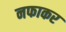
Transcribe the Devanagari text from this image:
नफाकर